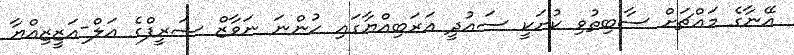
އޭނާގެ މައްޗަށް ސާބިތުވި ކުށަކީ ސައުދީ އަރަބިއްޔާގައި ހުންނަ ނަވާޒް ޝަރީފްގެ އަލް-އަޒީޒިއްޔާ